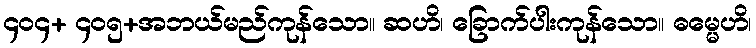
၄၀၄+ ၄၀၅+အဘယ်မည်ကုန်သော။ ဆဟိ၊ ခြောက်ပါးကုန်သော။ ဓမ္မေဟိ၊